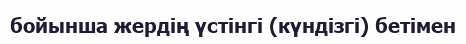
бойынша жердің үстінгі (күндізгі) бетімен